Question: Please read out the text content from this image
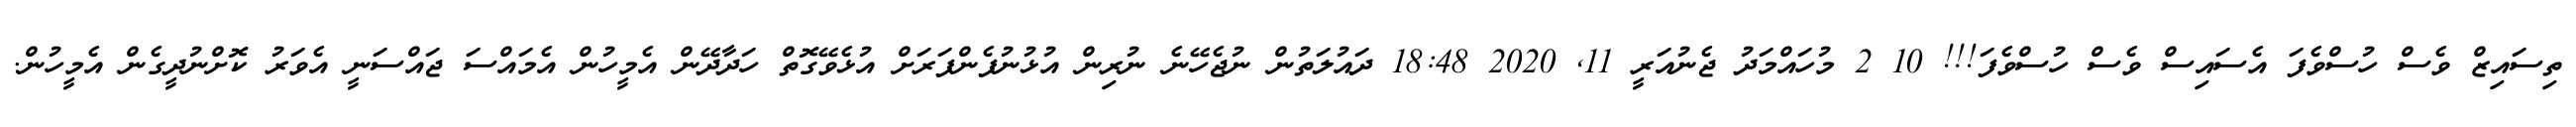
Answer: ތިސައިޒް ވެސް ހުސްވެފަ އެސައިސް ވެސް ހުސްވެފަ!!! 10 2 މުހައްމަދު ޖެނުއަރީ 11, 2020 18:48 ދައުލަތުން ނުޖެހޭނެ ނުރިން އުޅުނުފެންފަރަށް އުޅެވޭގޮތް ހަދާދޭން އެމީހުން އެމައްސަ ޖައްސަނީ އެވަރު ކޮށްނުދީގެން އެމީހުން.